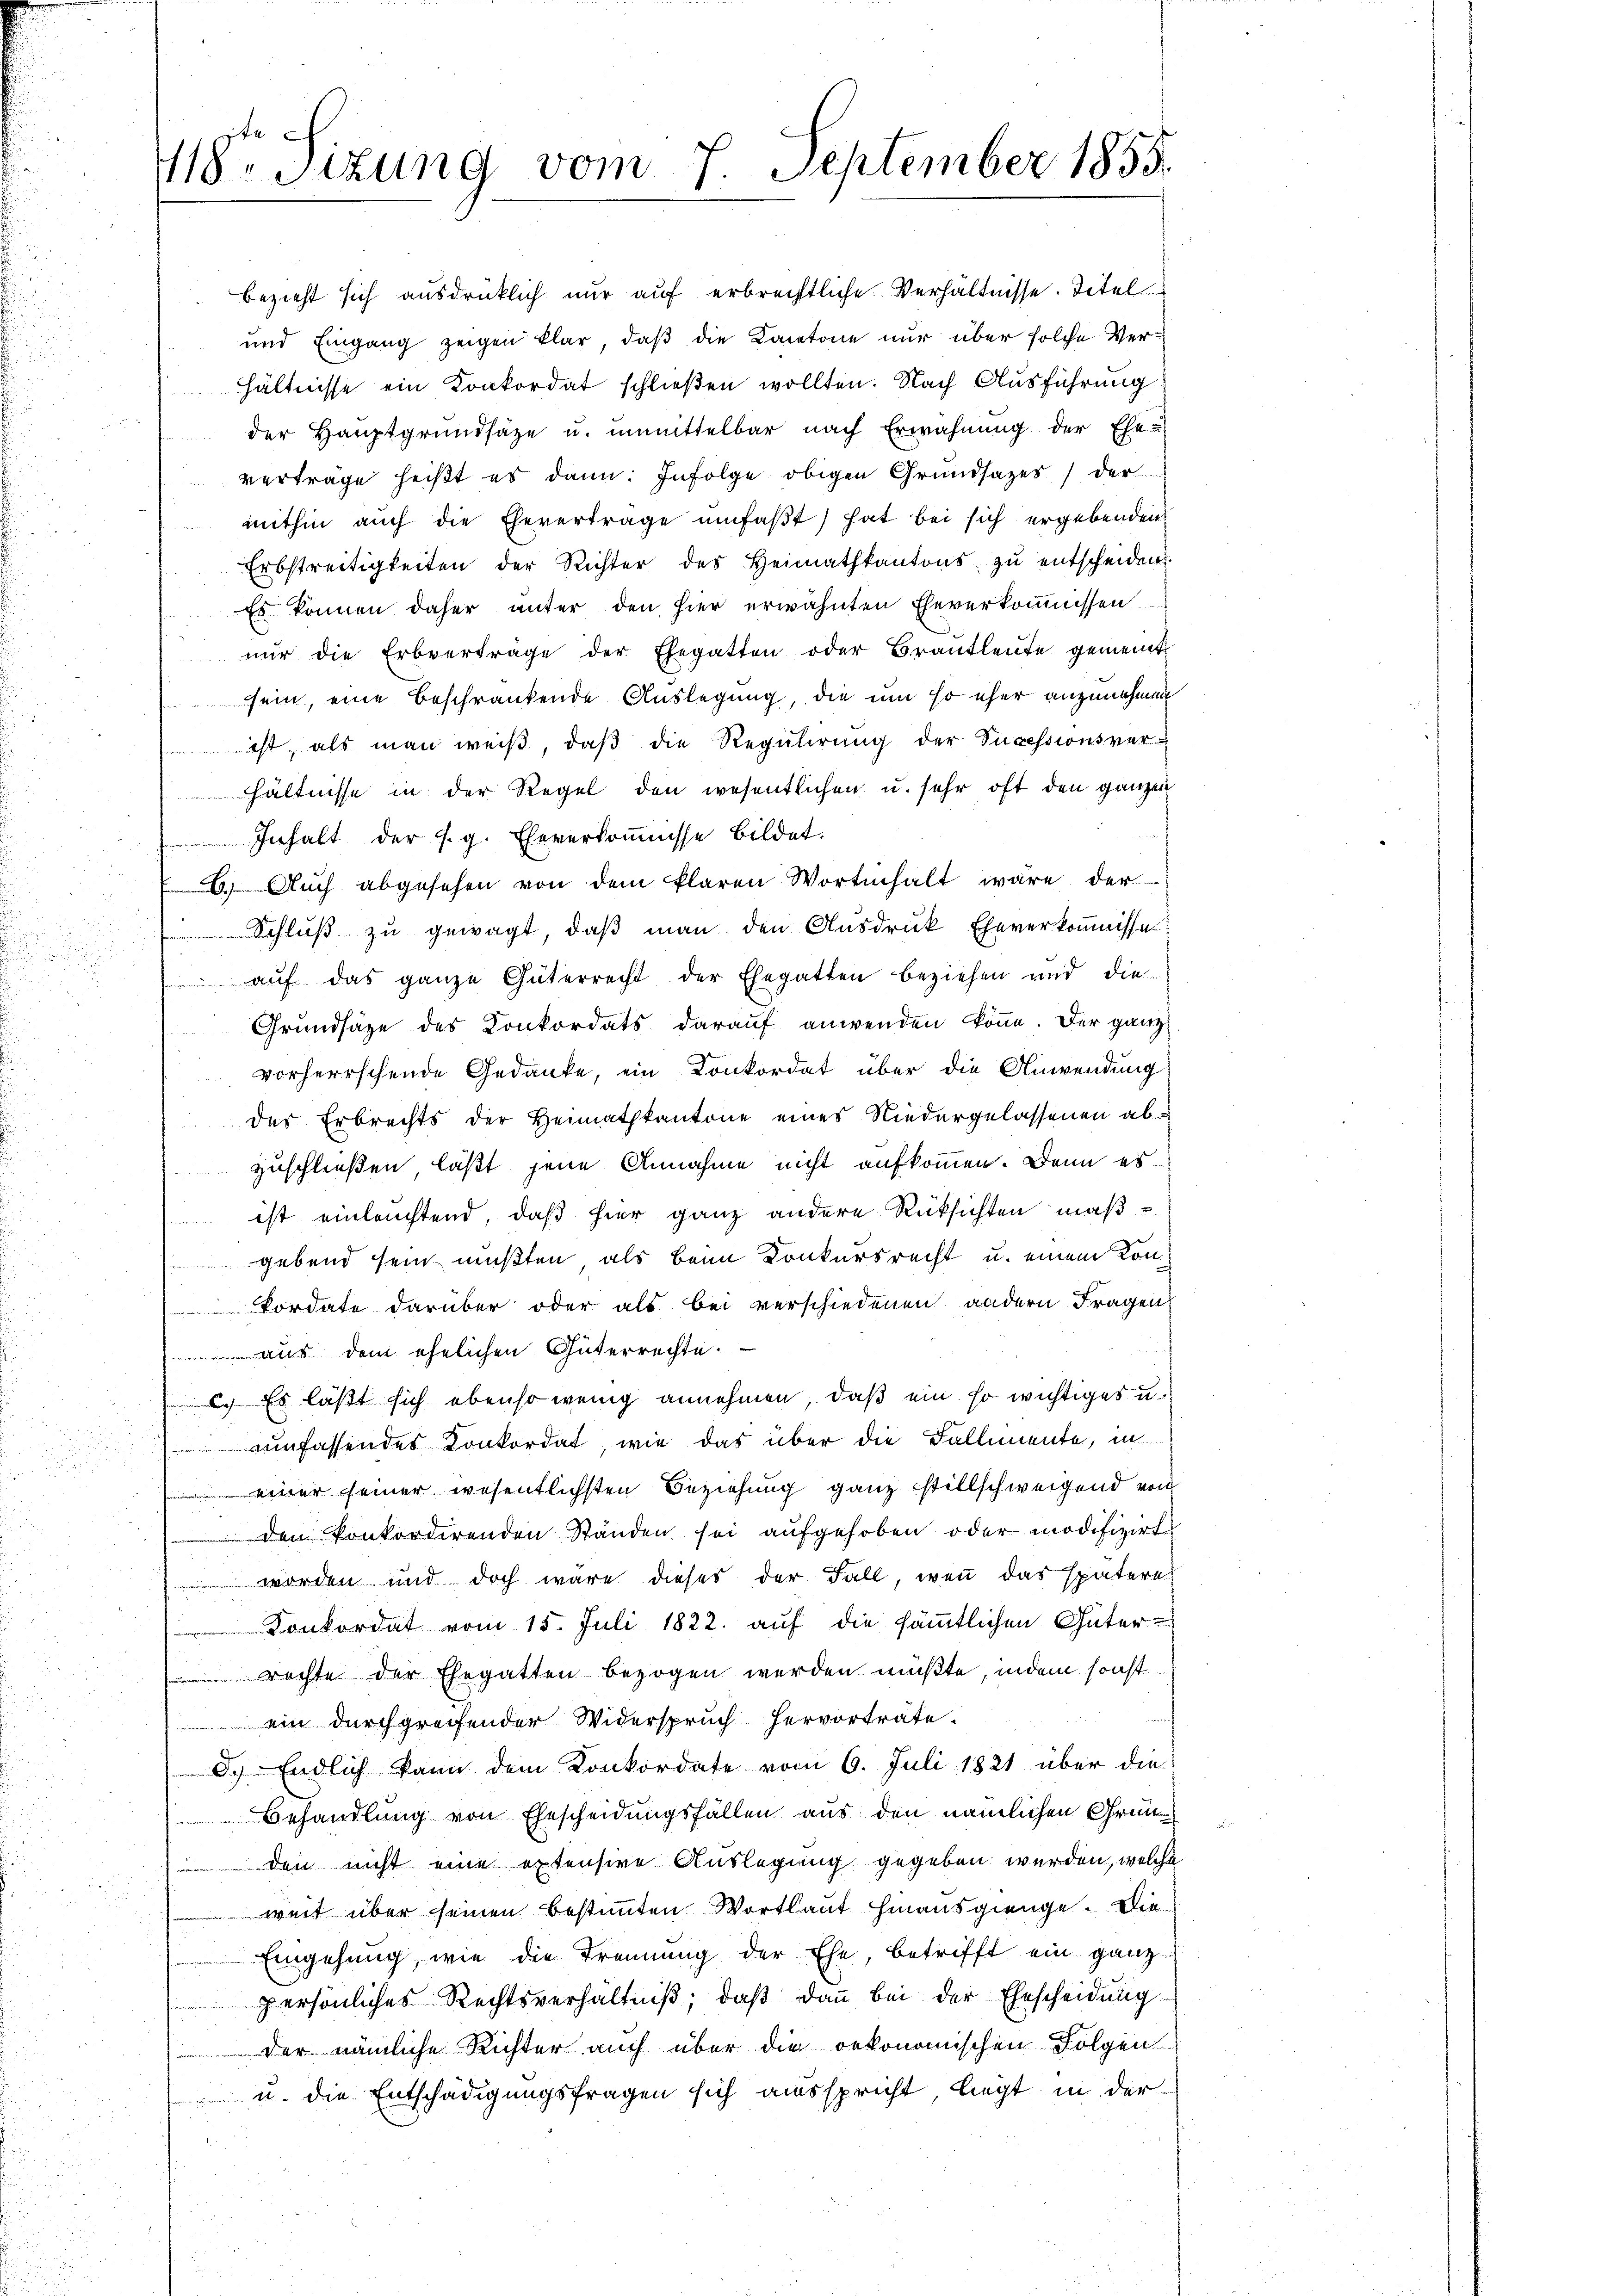
418 Sizung vom 7. September 1855.

rachte der Ehegatten bezogen werden müßte, indem sonst
ein durchgreifender Widerspruch hervorträte.
8. Endlich kann dem Konkordate vom 6. Juli 1821 über die
Behandlung von Ehescheidungsfällen aus den nämlichen Grün¬
 den nicht eine extensive Auslegung gegeben werden, welche
weit über seinen bestimmten Wortlaut hinausgienge. Die
Eingehung, wie die Trennung der Ehe, betrifft ein ganz
persönliches Rechtsverhältniβ, daβ dann bei der Ehescheidung
der nämliche Richter auch über die oekonomischen Folgen
u. die Entschädigungsfragen sich ausspricht, liegt in der

bezieht sich ausdrücklich nur auf erbrechtliche Verhältnisse. Titel
und Eingang zeigen klar, daß die Kantone nur über solche Verhältnisse ein Konkordat schließen wollten. Nach Ausführung
der Hauptgrundsätze u. unmittelbar nach Erwähnung der Ehe-
verträge heißt es dann: Infolge obigen Grundsazes) der
mithin auch die Ehevertrage umfaßt) hat bei sich ergebenden
Erbstreitigkeiten der Richter des Heimatkantons zŭ entscheiden
Es können daher unter den hier erwähnten Eheverkoṁnissen
nur die Erbverträge der Ehegatten oder Brautleute gemeint.
sein, eine beschränkende Auslegung, die um so eher anzunehmen
ist, als man weiß, daß die Regulirung der Successionsverhältnisse in der Regel den wesentlichen u. sehr oft den ganzen
Inhalt der s. g. Eheverkoṁnisse bildet.
.Auch abgesehen von dem klaren Wortenhalt wäre der
Schluß zu gewagt, daß man den Ausdruck Eheverkoṁnissen
 aŭf das ganze Güterrecht der Ehegatten beziehen und die-
Grundsätze des Konkordats darauf anwenden könne. Der ganz
vorherrschende Gedanke, ein Konkordat über die Anwendung
des Erbrechts der Heimathkantone eines Niedergelassenen ab
zuschließen, läßt jene Annahme nicht aufkommen. Denn es
 ist einleuchtend, daß hier ganz andere Rücksichten maßgebend sein mußten, als beim Konkursrecht u. einem Konkordate darüber oder als bei verschiedenen andern Fragen
 aus dem ehelichen Güterrechte.
. Es läßt sich ebenso wenig annehmen, daß ein so wichtiges u.
umfassendes Konkordat, wie das über die Fallimente, in
einer seiner wesentlichsten Beziehung ganz stillschweigend von
den konkordirenden Ständen sei aufgehoben oder modifizirt
worden und doch wäre dieses der Fall, wenn das spätere
Konkordat vom 15. Juli 1822. auf die sämmtlichen Güter-